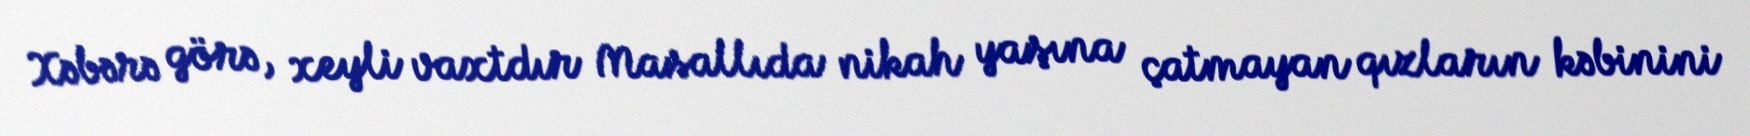
Xəbərə görə, xeyli vaxtdır Masallıda nikah yaşına çatmayan qızların kəbinini